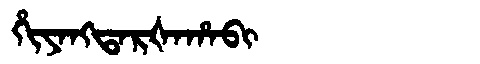
Manchu: ᡥᡳᠶᠠᠩᡨᠠᡵᡧᠠᡥᠠᠪᡳ
Romanization: HIYANGTARŠAHABI